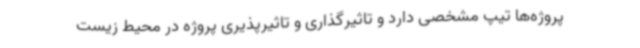
پروژه‌ها تیپ مشخصی دارد و تاثیرگذاری و تاثیرپذیری پروژه در محیط زیست